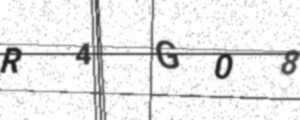
Text: R4G08